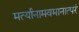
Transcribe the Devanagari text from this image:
मर्त्यानामवमानात्परं